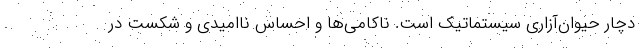
دچار حیوان‌آزاری سیستماتیک است. ناکامی‌ها و احساس ناامیدی و شکست در